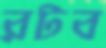
রটব